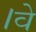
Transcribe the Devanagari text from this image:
।वे